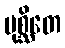
မုစ္ဆိတေ